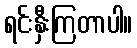
ရင်းနှီးကြတာပါ။